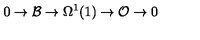
0 \rightarrow { \cal B } \rightarrow \Omega ^ { 1 } ( 1 ) \rightarrow { \cal O } \rightarrow 0